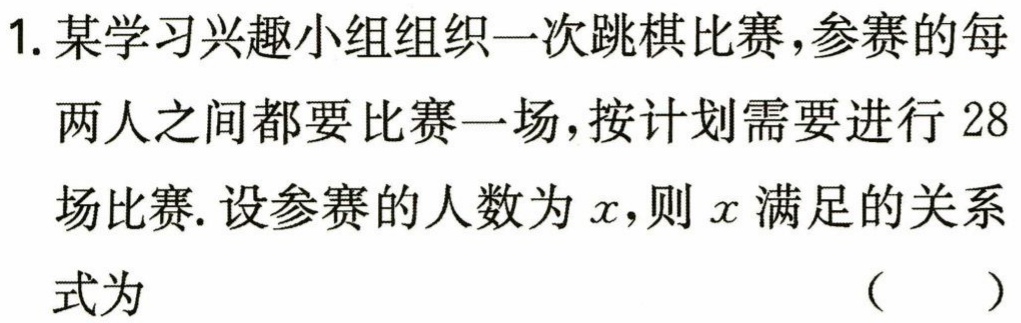
1. 某学习兴趣小组组织一次跳棋比赛，参赛的每两人之间都要比赛一场，按计划需要进行 28场比赛. 设参赛的人数为\(x\)，则\(x\)满足的关系式为 （  ）